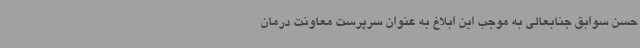
حسن سوابق جنابعالی به موجب این ابلاغ به عنوان سرپرست معاونت درمان